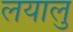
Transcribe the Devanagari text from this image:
लयालु